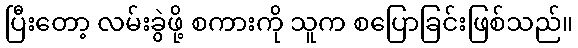
ပြီးတော့ လမ်းခွဲဖို့ စကားကို သူက စပြောခြင်းဖြစ်သည်။